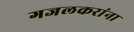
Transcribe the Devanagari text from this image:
गजलकरांना